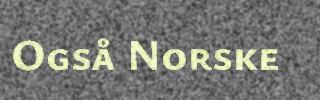
Også Norske